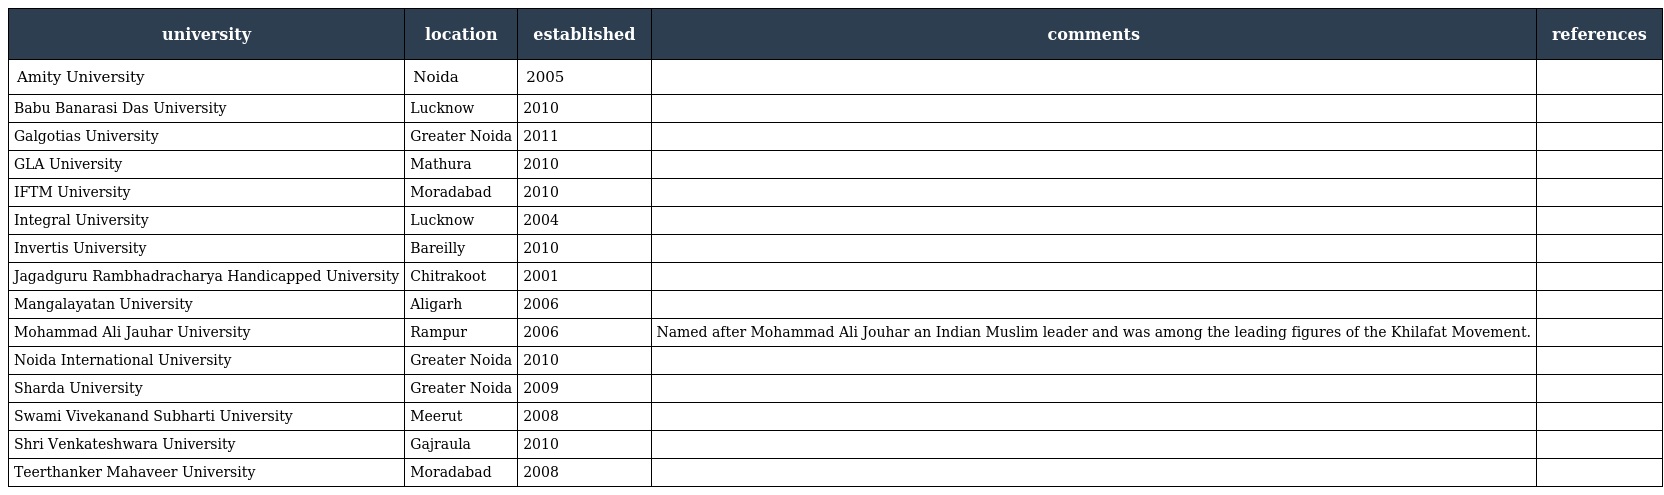
| university | location | established | comments | references |
 | --- | --- | --- | --- | --- |
 | Amity University | Noida | 2005 |  |  |
 | Babu Banarasi Das University | Lucknow | 2010 |  |  |
 | Galgotias University | Greater Noida | 2011 |  |  |
 | GLA University | Mathura | 2010 |  |  |
 | IFTM University | Moradabad | 2010 |  |  |
 | Integral University | Lucknow | 2004 |  |  |
 | Invertis University | Bareilly | 2010 |  |  |
 | Jagadguru Rambhadracharya Handicapped University | Chitrakoot | 2001 |  |  |
 | Mangalayatan University | Aligarh | 2006 |  |  |
 | Mohammad Ali Jauhar University | Rampur | 2006 | Named after Mohammad Ali Jouhar an Indian Muslim leader and was among the leading figures of the Khilafat Movement. |  |
 | Noida International University | Greater Noida | 2010 |  |  |
 | Sharda University | Greater Noida | 2009 |  |  |
 | Swami Vivekanand Subharti University | Meerut | 2008 |  |  |
 | Shri Venkateshwara University | Gajraula | 2010 |  |  |
 | Teerthanker Mahaveer University | Moradabad | 2008 |  |  |